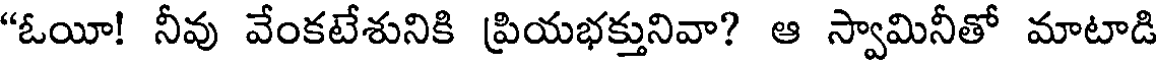
"ఓయీ! నీవు వేంకటేశునికి ప్రియభక్తునివా? ఆ స్వామినీతో మాటాడి